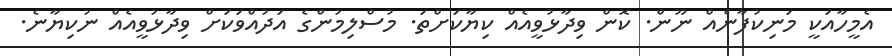
އެމީހާއަކީ މަނިކުފާނެއް ނޫން. ކޮން ވިދާޅުވީއެއް ކިޔާކަށްތަ. މުސްލިމުންގެ އަދުއްވަކަށް ވިދާޅުވީއެއް ނުކިޔާނެ.